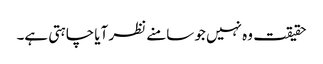
حقیقت وہ نہیں جو سامنے نظر آیا چاہتی ہے۔